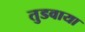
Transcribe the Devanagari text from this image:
तुडवाया